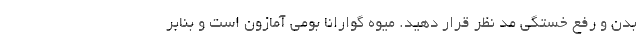
بدن و رفع خستگی مد نظر قرار دهید. میوه گوارانا بومی آمازون است و بنابر